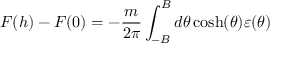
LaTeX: F ( h ) - F ( 0 ) = - \frac { m } { 2 \pi } \int _ { - B } ^ { B } d \theta \cosh ( \theta ) \varepsilon ( \theta )